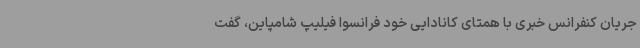
جریان کنفرانس خبری با همتای کانادایی خود فرانسوا فیلیپ شامپاین، گفت